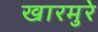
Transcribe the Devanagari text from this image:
खारमुरे